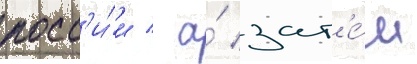
росс'и́и / а́ зат'е́м